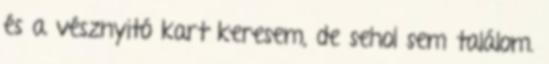
és a vésznyitó kart keresem, de sehol sem találom.